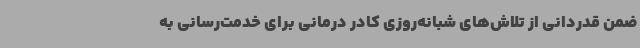
ضمن قدردانی از تلاش‌های شبانه‌روزی کادر درمانی برای خدمت‌رسانی به